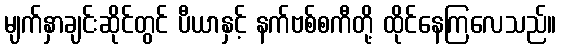
မျက်နှာချင်းဆိုင်တွင် ပီယာနှင့် နက်ဗစ်စကီတို့ ထိုင်နေကြလေသည်။